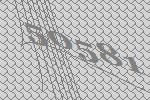
50581